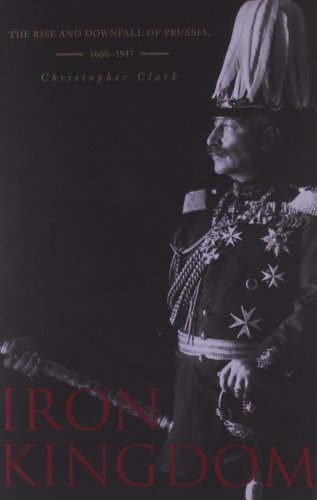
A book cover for Iron Kingdom: The Rise and Downfall of Prussia, 1600-1947; Christopher Clark; History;